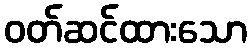
ဝတ်ဆင်ထားသော